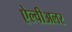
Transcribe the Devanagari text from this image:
ऐल्वीअलर